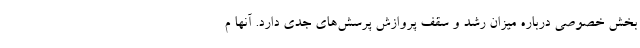
بخش خصوصی درباره میزان رشد و سقف پروازش پرسش‌های جدی دارد. آنها م